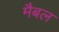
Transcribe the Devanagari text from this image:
मैबल